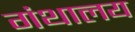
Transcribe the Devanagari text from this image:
गंथालय